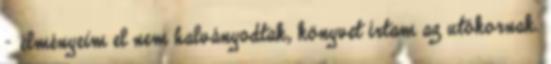
– élmé­nyeim el nem halványodtak, könyvet írtam az utókornak.